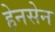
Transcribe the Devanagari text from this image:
हेनसेन